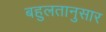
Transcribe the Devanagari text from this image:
बहुलतानुसार